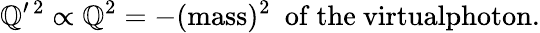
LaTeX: \mathbb{Q}^{\prime\, 2}\propto\mathbb{Q}^{2}=-(\mathrm{{mass}})^{2}\ \mathrm{{~of~the~virtualphoton}}.